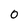
Character: 0